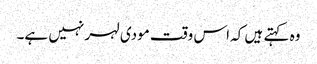
وہ کہتے ہیں کہ اس وقت مودی لہر نہیں ہے۔